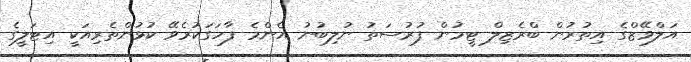
އަލްވޭޒްގެ އިތުރުން ބްރެޒިލް ޓީމުން ފުރުސަތު ނުލިބުނު އެންމެ ފާހަގަކުރެވޭ ކުޅުންތެރިއަކީ އިޓަލީގެ